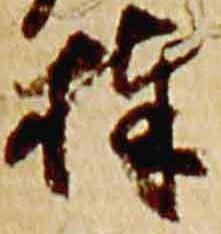
捧